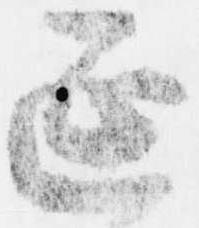
延